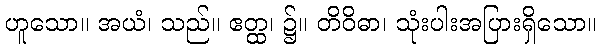
ဟူသော။ အယံ၊ သည်။ ဧတ္ထ၊ ၌။ တိဝိဓာ၊ သုံးပါးအပြားရှိသော။